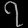
Digit: ၇